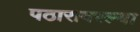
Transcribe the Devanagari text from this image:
पठारावरल्या